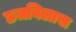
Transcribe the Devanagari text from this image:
छत्रविलास